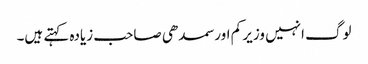
لوگ انہیں وزیر کم اور سمدھی صاحب زیادہ کہتے ہیں۔